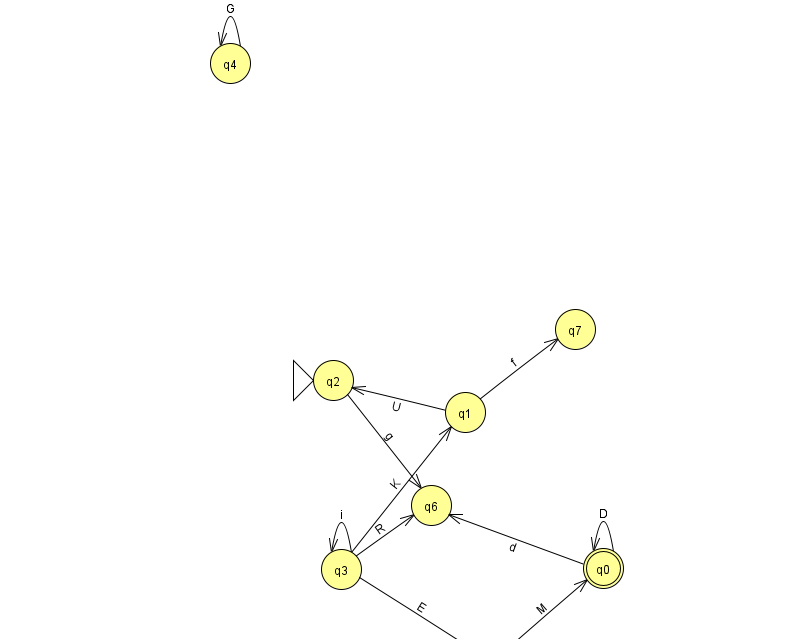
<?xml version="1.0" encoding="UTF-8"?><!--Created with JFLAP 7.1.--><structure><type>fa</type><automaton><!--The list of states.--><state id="0" name="q0"><x>603.0</x><y>555.0</y><final/></state><state id="1" name="q1"><x>465.0</x><y>399.0</y></state><state id="2" name="q2"><x>333.0</x><y>367.0</y><initial/></state><state id="3" name="q3"><x>341.0</x><y>556.0</y></state><state id="4" name="q4"><x>230.0</x><y>50.0</y></state><state id="5" name="q5"><x>492.0</x><y>651.0</y></state><state id="6" name="q6"><x>431.0</x><y>492.0</y></state><state id="7" name="q7"><x>575.0</x><y>316.0</y></state><!--The list of transitions.--><transition><from>3</from><to>5</to><read>E</read></transition><transition><from>0</from><to>6</to><read>d</read></transition><transition><from>1</from><to>7</to><read>f</read></transition><transition><from>0</from><to>0</to><read>D</read></transition><transition><from>2</from><to>6</to><read>g</read></transition><transition><from>3</from><to>1</to><read>K</read></transition><transition><from>3</from><to>6</to><read>R</read></transition><transition><from>4</from><to>4</to><read>G</read></transition><transition><from>3</from><to>3</to><read>i</read></transition><transition><from>5</from><to>0</to><read>M</read></transition><transition><from>1</from><to>2</to><read>U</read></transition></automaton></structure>